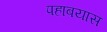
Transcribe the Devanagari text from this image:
पहाबयास